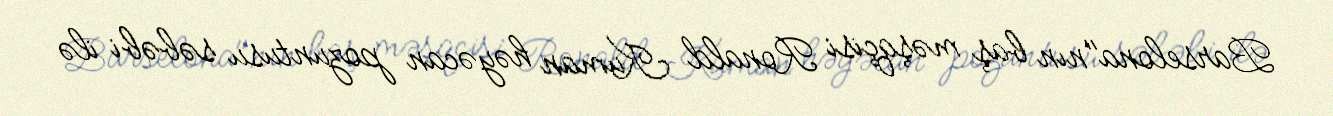
Barselona"nın baş məşqçisi Ronald Kuman həyəcan pozuntusu səbəbi ilə